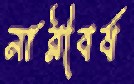
নারীবর্ষ